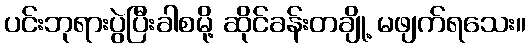
ပင်းဘုရားပွဲပြီးခါစမို့ ဆိုင်ခန်းတချို့ မဖျက်ရသေး။